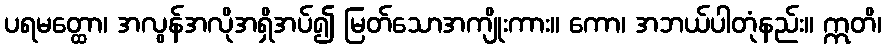
ပရမတ္ထော၊ အလွန်အလိုအရှိအပ်၍ မြတ်သောအကျိုးကား။ ကော၊ အဘယ်ပါတုံနည်း။ ဣတိ၊